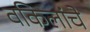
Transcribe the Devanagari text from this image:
वकिलांचे